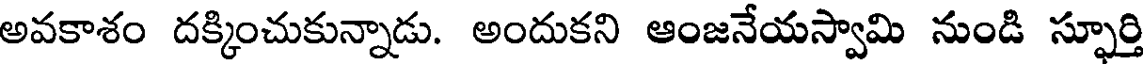
అవకాశం దక్కించుకున్నాడు. అందుకని ఆంజనేయస్వామి నుండి స్ఫూర్తి